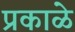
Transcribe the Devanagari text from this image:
प्रकाळे